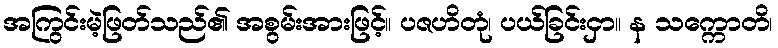
အကြွင်းမဲ့ဖြတ်သည်၏ အစွမ်းအားဖြင့်။ ပဇဟိတုံ၊ ပယ်ခြင်းငှာ။ န သက္ကောတိ၊